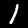
Digit: 1